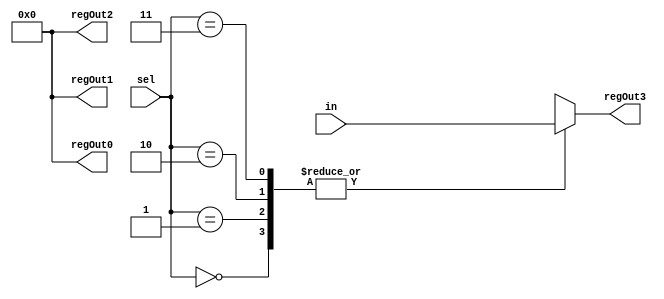
`timescale 1ns / 1ps
//////////////////////////////////////////////////////////////////////////////////
// Company: 
// Engineer: 
// 
// Design Name: 
// Module Name:    deMux1to4 
// Project Name: 
// Target Devices: 
// Tool versions: 
// Description: 
//
// Dependencies: 
//
// Revision: 
// Revision 0.01 - File Created
// Additional Comments: 
//
//////////////////////////////////////////////////////////////////////////////////
module deMux1to4(input [7:0]in,
					  input [1:0] sel,
					  
					  output reg [7:0] regOut0,
					  output reg [7:0] regOut1,
					  output reg [7:0] regOut2,
					  output reg [7:0] regOut3
    );
	 
	 always@(*)
	 begin
	 regOut0 = 8'd0;
	 regOut1 = 8'd0;
	 regOut2 = 8'd0;
	 regOut3 = 8'd0;
		
		case(sel)
			2'd0: 
			//regOut0=in;
			regOut3=in;
			
			2'd1: 
			//regOut1=in;
			regOut3=in;
			
			2'd2: 
			//regOut2=in;
			regOut3=in;
			
			2'd3: 
			regOut3=in;
		endcase
	 end
	  
endmodule